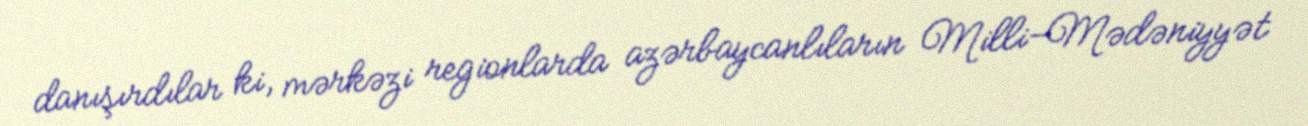
danışırdılar ki, mərkəzi regionlarda azərbaycanlıların Milli-Mədəniyyət